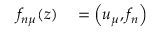
\begin{array} { r l } { f _ { n \mu } ( z ) } & { { } = \left( u _ { \mu } , f _ { n } \right) } \end{array}